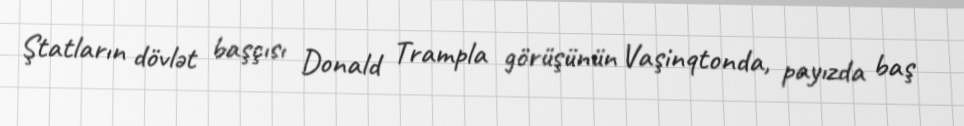
Ştatların dövlət başçısı Donald Trampla görüşünün Vaşinqtonda, payızda baş